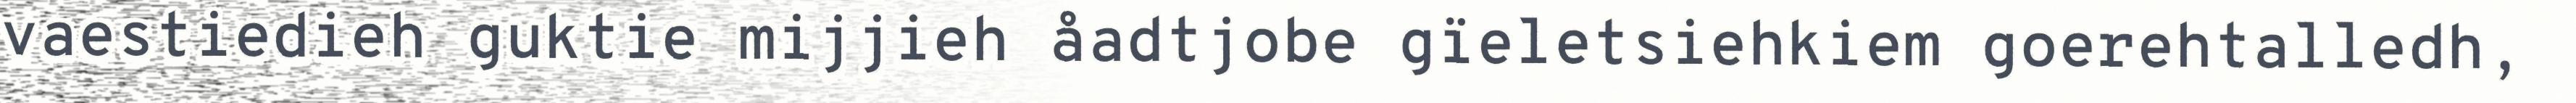
vaestiedieh guktie mijjieh åadtjobe gïeletsiehkiem goerehtalledh,